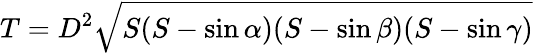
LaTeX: T=D^{2}{\sqrt{S(S-\sin\alpha)(S-\sin\beta)(S-\sin\gamma)}}